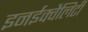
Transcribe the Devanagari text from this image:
इनईक्वैलिटी